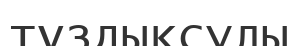
тұздықсулы